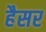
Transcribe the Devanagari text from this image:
हैसर